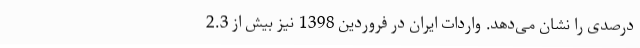
درصدی را نشان می‌دهد. واردات ایران در فروردین 1398 نیز بیش از 2.3